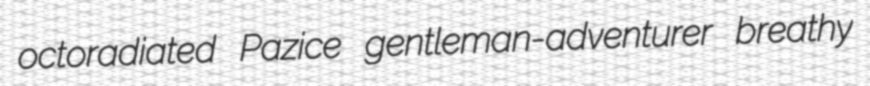
octoradiated Pazice gentleman-adventurer breathy